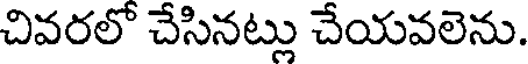
చివరలో చేసినట్లు చేయవలెను.